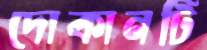
দোকানটি